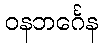
ဝနဘင်္ဂေန